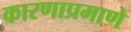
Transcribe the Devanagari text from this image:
कारणाप्रमाणे